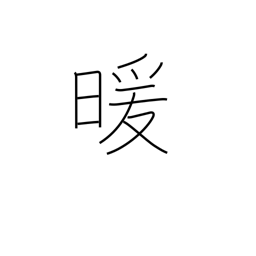
Meaning: warmth